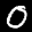
Label: 0